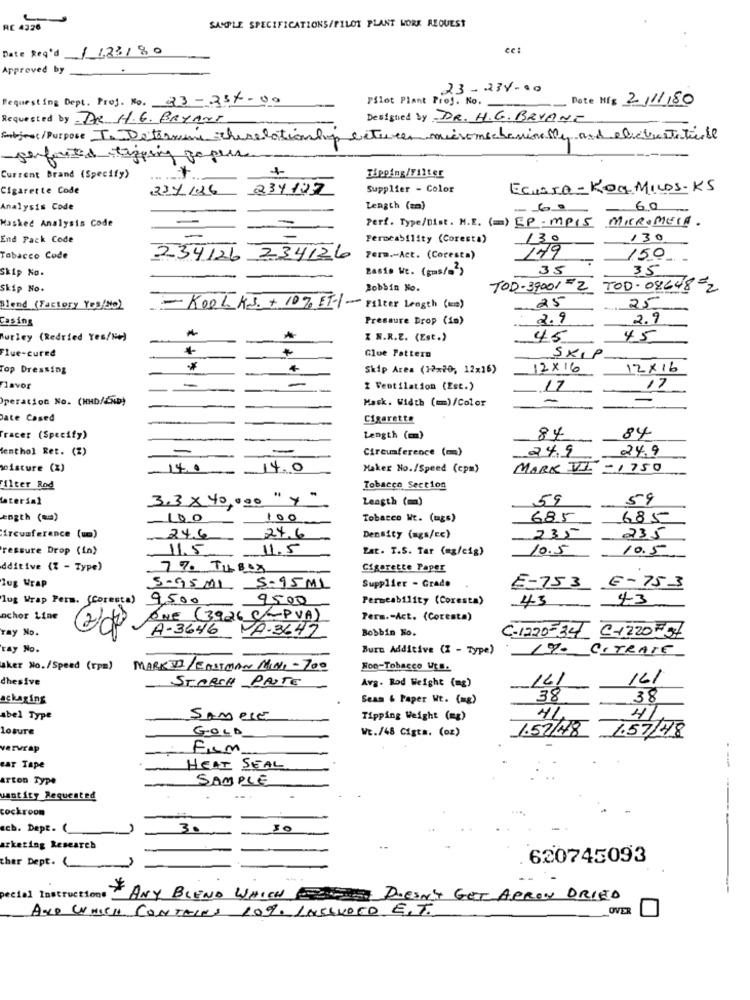
RE 4326
SAMPLE SPECIFICATIONS/PILOT PLANT WORK REQUEST
Date Read / 123/80
cc:
Approved by
23-234-00
Requesting Dept. Proj. No. 23-234-00
Pilot Plant Prej. Ko.
Pote Míg 2/11/80
Requested by DR H.G. BRYANT
Designed by DR. H.G. BRYANT
Entjes/Purpose To Determine therelationship between micromechanin My, and electrostaticde
serfaites tipping papers
Current Brand (Specify>
Tipping/Filter
Cigarette Code
234/26
234127
Supplier - Color
Ecussa- Kon MiLos-KS
Analysis Code
Length (z)
60
Perf. Type/Dist. M.E. (=) SP.MP15 MEROMEIA.
Masked Analysis Code
End Pack Code
Permeability (Coresta)
130
130
149
Tobacco Code
234126
234126
Term .- Act. (Coresta)
150
Skip No.
Basio We. (gms/s')
35
35
Skip No.
Bobbin No.
TOD-39001 =2
TOD- 08648 -2
25
25
Blend (Factory Yes/No)
- KOOL K.J. + 10% ET- ~ Filter Length (ma)
Casing
Pressure Drop (in)
2.9
2.9
Burley (Redried Yes/He)
*
I N.R.E. (Est.)
45
4.5
+
Flue-cured
Glue Pattern
SKIP
Top Dressing
*
4
Skip Area (12x20, 12x16)
12×16
12×16
-
-
Lavor
2 Ventilation (Est.)
.17
17
peration No. (HHD/END)
Mask. Width (mm)/Color
Date Cased
Cigarette
84
84
Tracer (Specify)
Length (mm)
denthol Ret. (2)
-
Circumference (m)
24.9
24.9
wpisture (%)
140
14.0
Maker No./Speed (cpm)
MARK VI
-1750
ilter Rod
Tobacco Section
lateria1
3.3× 40,000
" +
Length (mm)
59
59
ength (um)
100
100
Tobacco Wt. (ugs)
685
685
Hircuaference (um)
24.6
24.6
Density (ags/cc)
235
235
ressure Drop (in)
11.5 11.5
Lat. T.S. Tar (eg/cig)
10.5
10.5
dditive (7 - Type)
7% TUBOX
Cigarette Paper
lug Wrap
5-95ML
5.95ML
Supplier - Grade
E-753
E- 753
lug Wrap Pers. (Coresta)
9,500
9500
Permeability (Coresta)
43
43
ochor Line
ONE (3926 C-PVA)
Perm .- Act. (Coresta)
ray No.
A-3646 NA-3642
Bobbin No.
C-1220-34 C+220 #34
ray No.
Bure Additive (Z - Type)
1% CITRATE
sker No. /Speed (rpm)
MARK VI/ EASTMAN MINI -700
Non-Tobacco Ut ..
dhesive
STARCH PANTE
161
141
Avg. Rod Weight (mg)
ackaring
Sean & Paper Wt. (mg)
38
38
4
abel Type
SAMPLE
Tipping Weight (mg)
41
losure
GOLD
1.57/48
WE./48 Cigts. (oz)
1.57/48
vervrap
Frem
ear Tape
HEAT SEAL
arton Type
SAMPLE
uantity Requested
cockroom
----
ecb. Dept. (
30
30
arketing Research
ther Dept. (
620745093
pecial Instructions ANY BLEND WHICH DE DOESN'T GET ARROY DRIED
AND WHICH CONTAINS 109. LASSURED E.T.
OVER